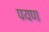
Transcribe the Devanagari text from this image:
पयण